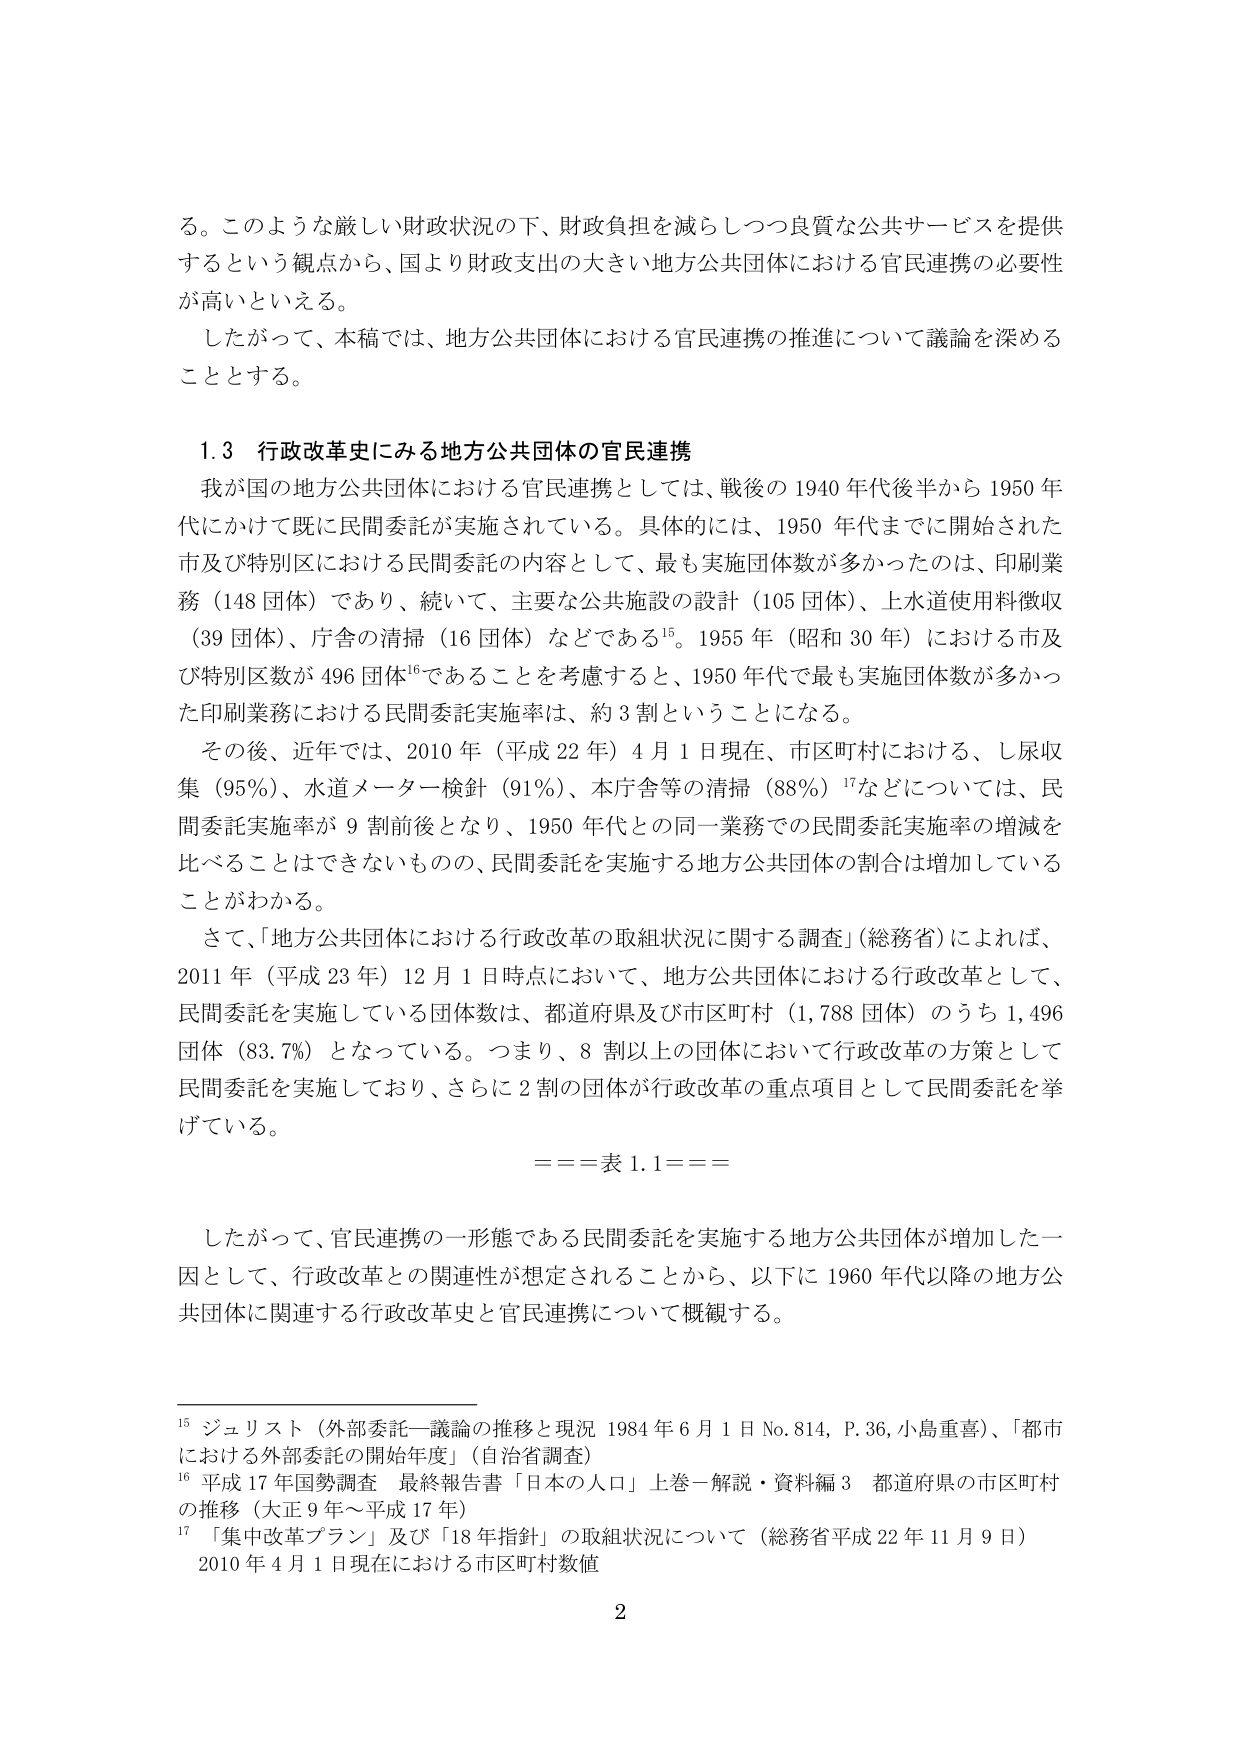
る。このような厳しい財政状況の下、財政負担を減らしつつ良質な公共サービスを提供するという観点から、国より財政支出の大きい地方公共団体における官民連携の必要性が高いといえる。

したがって、本稿では、地方公共団体における官民連携の推進について議論を深めることとする。

1.3 行政改革史にみる地方公共団体の官民連携

我が国の地方公共団体における官民連携としては、戦後の1940年代後半から1950年代にかけて既に民間委託が実施されている。具体的には、1950年代までに開始された市及び特別区における民間委託の内容として、最も実施団体数が多かったのは、印刷業務（148団体）であり、続いて、主要な公共施設の設計（105団体）、上水道使用料徴収（39団体）、庁舎の清掃（16団体）などである¹⁵。1955年（昭和30年）における市及び特別区数が496団体¹⁶であることを考慮すると、1950年代で最も実施団体数が多かった印刷業務における民間委託実施率は、約3割ということになる。

その後、近年では、2010年（平成22年）4月1日現在、市区町村における、し尿収集（95％）、水道メーター検針（91％）、本庁舎等の清掃（88％）¹⁷などについては、民間委託実施率が9割前後となり、1950年代との同一業務での民間委託実施率の増減を比べることはできないものの、民間委託を実施する地方公共団体の割合は増加していることがわかる。

さて、「地方公共団体における行政改革の取組状況に関する調査」（総務省）によれば、2011年（平成23年）12月1日時点において、地方公共団体における行政改革として、民間委託を実施している団体数は、都道府県及び市区町村（1,788団体）のうち1,496団体（83.7％）となっている。つまり、8割以上の団体において行政改革の方策として民間委託を実施しており、さらに2割の団体が行政改革の重点項目として民間委託を挙げている。

====表1.1====

したがって、官民連携の一形態である民間委託を実施する地方公共団体が増加した一因として、行政改革との関連性が想定されることから、以下に1960年代以降の地方公共団体に関連する行政改革史と官民連携について概観する。

¹⁵ ジュリスト（外部委託―議論の推移と現況 1984年6月1日No.814, P.36, 小島重喜）、「都市における外部委託の開始年度」（自治省調査）

¹⁶ 平成17年国勢調査 最終報告書「日本の人口」上巻―解説・資料編3 都道府県の市区町村の推移（大正9年～平成17年）

¹⁷ 「集中改革プラン」及び「18年指針」の取組状況について（総務省平成22年11月9日）2010年4月1日現在における市区町村数値

2